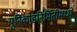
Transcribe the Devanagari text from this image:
युनिकोडनिर्मितीमध्ये